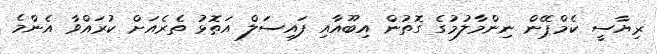
ރިޔާސީ ކެމްޕޭން ނިންމާލުމުގެ ގޮތުން އިބޫއާއި ފައިސަލް އަތޮޅު ތެރެއަށް ކުރައްވާ އެންމެ